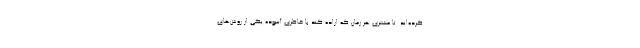
کرده‌اند. تا مشتری هر زمان که اراده کند با خاطری آسوده یکی از روش‌های